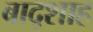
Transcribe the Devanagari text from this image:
बाद्शाह